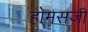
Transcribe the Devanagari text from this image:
होमसजी